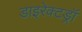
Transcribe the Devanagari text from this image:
डाइरेक्टड्रॉ